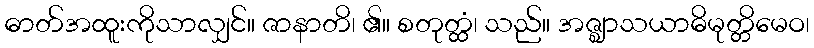
ဓာတ်အထူးကိုသာလျှင်။ ဇာနာတိ၊ ၏။ စတုတ္ထံ၊ သည်။ အဇ္ဈာသယာဓိမုတ္တိမေဝ၊